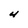
Character: 4